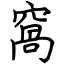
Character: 窩